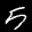
Label: 5